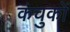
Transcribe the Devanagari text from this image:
कंचुकों